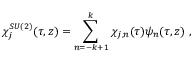
\chi _ { j } ^ { S U ( 2 ) } ( \tau , z ) = \sum _ { n = - k + 1 } ^ { k } \chi _ { j , n } ( \tau ) \psi _ { n } ( \tau , z ) ~ ,